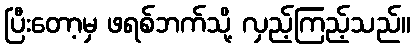
ပြီးတော့မှ ဖရစ်ဘက်သို့ လှည့်ကြည့်သည်။